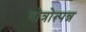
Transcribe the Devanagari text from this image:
गोत्रोत्पन्न